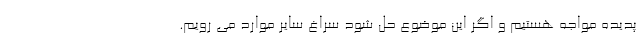
پدیده مواجه هستیم و اگر این موضوع حل شود سراغ سایر موارد می رویم.